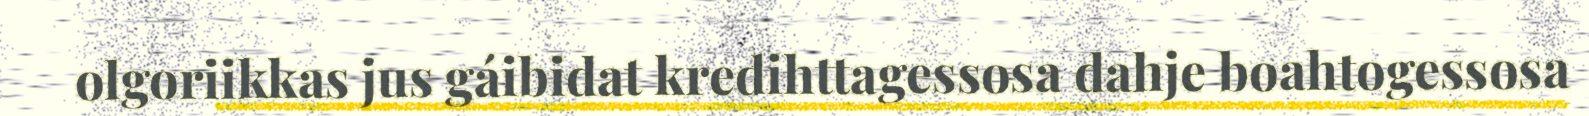
olgoriikkas jus gáibidat kredihttagessosa dahje boahtogessosa